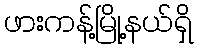
ဖားကန့်မြို့နယ်ရှိ